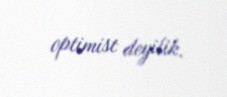
optimist deyilik.